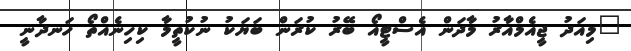
"މިއަދު ޖީއެމްއާރު މާދަން އެސްޓީއޯ ބޭރު ކުރަން ބަޔަކު ނުކުތީމާ ކިހިނެއްތޯ ހަނދާނީ